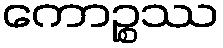
ကောဉ္စဿ